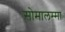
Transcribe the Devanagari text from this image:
सोमालम्मा